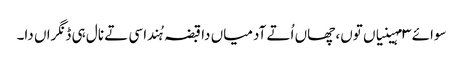
سوائے ٣ مہینیاں توں، چھاں اُتے آدمیاں دا قبضہ ہُندا سی تے نال ہی ڈنگراں دا۔